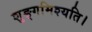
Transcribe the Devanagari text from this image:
शुङ्गमिश्यति।